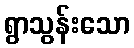
ရွာသွန်းသော